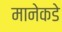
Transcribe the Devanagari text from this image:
मानेकडे